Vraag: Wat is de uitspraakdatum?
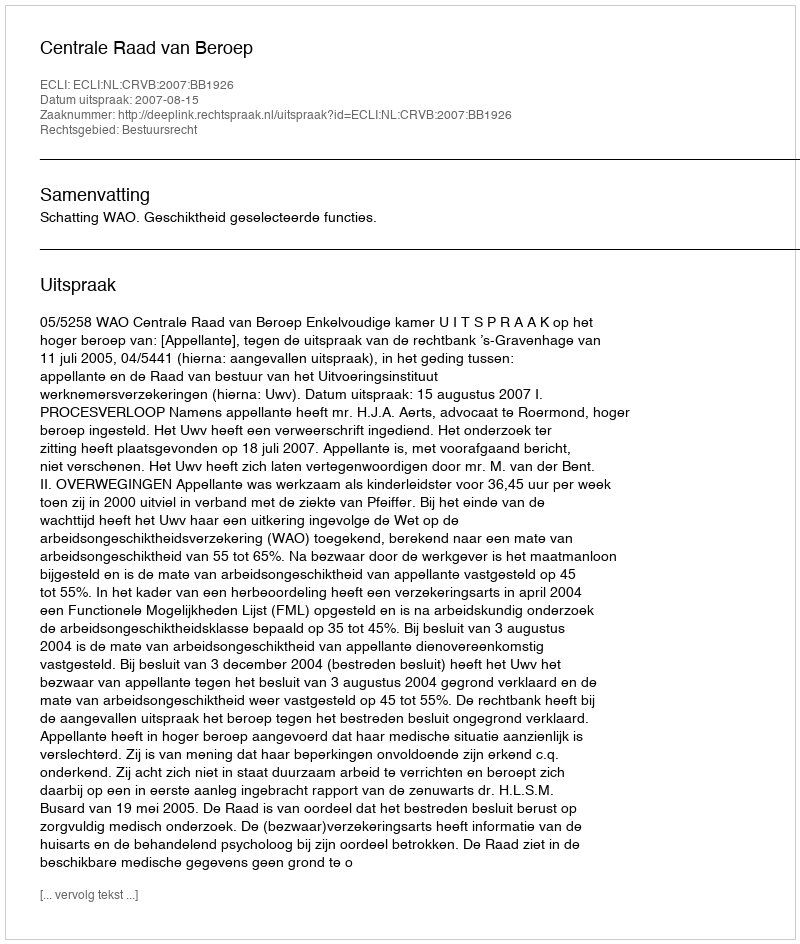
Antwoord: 2007-08-15